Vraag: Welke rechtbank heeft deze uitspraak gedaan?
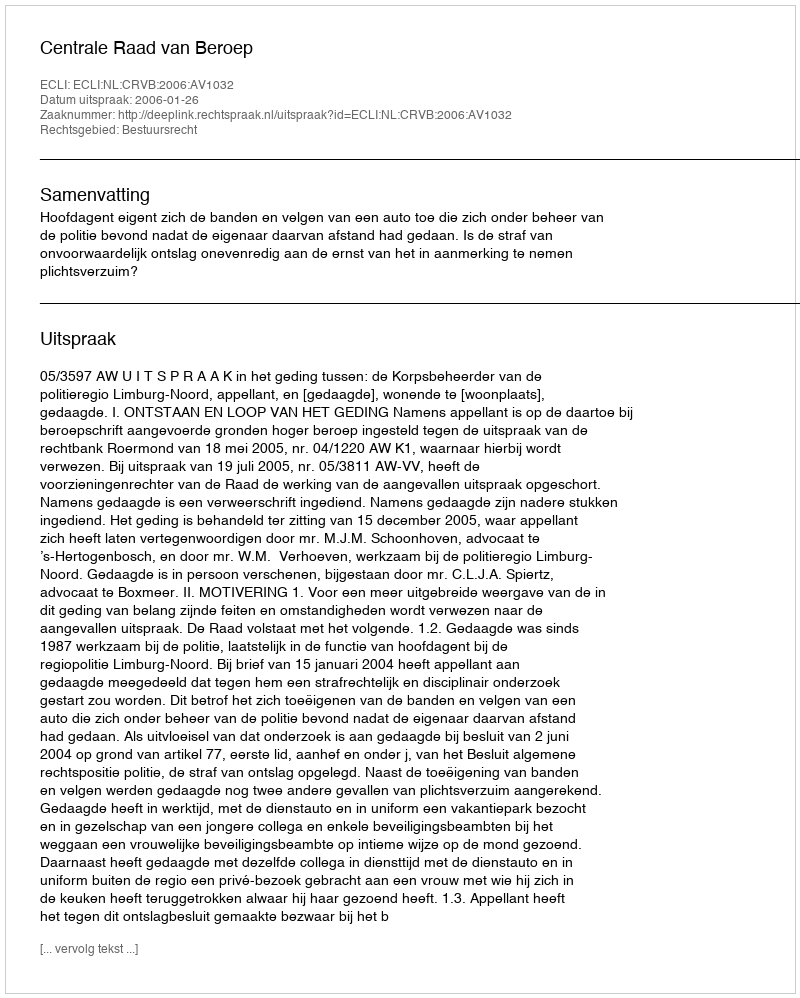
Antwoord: Centrale Raad van Beroep